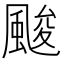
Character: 𲋅